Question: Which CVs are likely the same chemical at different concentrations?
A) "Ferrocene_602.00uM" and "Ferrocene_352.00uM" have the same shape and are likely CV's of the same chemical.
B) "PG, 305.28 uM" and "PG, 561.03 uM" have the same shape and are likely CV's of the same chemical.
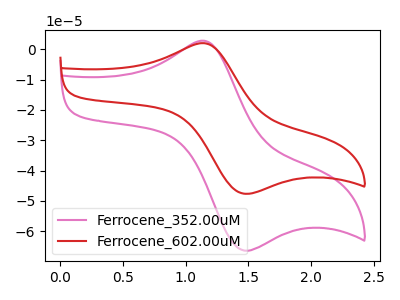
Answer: <think>The pink curve "Ferrocene_352.00uM" has an anodic peak at (1.15V, 2.85uA) and a cathodic peak at (1.45V, -66.15uA). The red curve "Ferrocene_602.00uM" has an anodic peak at (1.15V, 2.05uA) and a cathodic peak at (1.45V, -47.45uA).
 All the peaks in "Ferrocene_352.00uM" have a peak in "Ferrocene_602.00uM" at the same potential. Every peak in "Ferrocene_352.00uM" is higher than every peak in "Ferrocene_602.00uM".</think>
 <answer>A) "Ferrocene_602.00uM" and "Ferrocene_352.00uM" have the same shape and are likely CV's of the same chemical.</answer>
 <eval>A</eval>